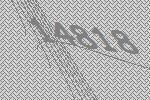
14818